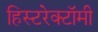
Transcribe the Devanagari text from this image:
हिस्टरेक्टॉमी